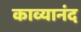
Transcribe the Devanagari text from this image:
काव्यानंद